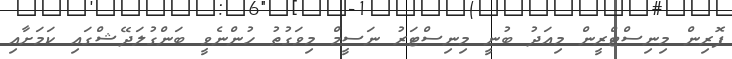
ފޮރިން މިނިސްޓްރީން މިއަދު ބުނީ މިނިސްޓަރު ނަސީމް މިވަގުތު ހުންނެވީ ބަންގުލަދޭޝްގައި ކަމަށާއި